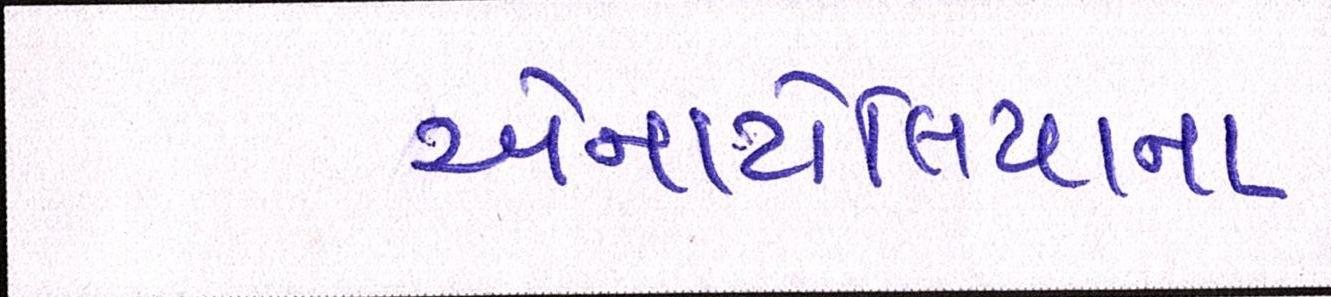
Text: એનાટોલિયાના